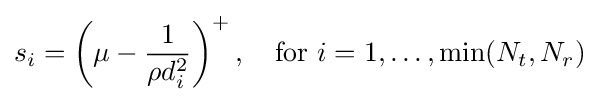
s_{i}=\left(\mu -{\frac {1}{\rho d_{i}^{2}}}\right)^{+},\quad {\textrm {for}}\,\,i=1,\ldots ,\min(N_{t},N_{r})